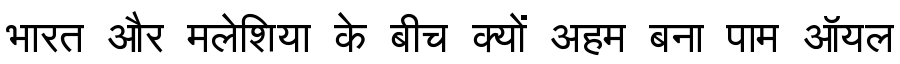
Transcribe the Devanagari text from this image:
भारत और मलेशिया के बीच क्यों अहम बना पाम ऑयल